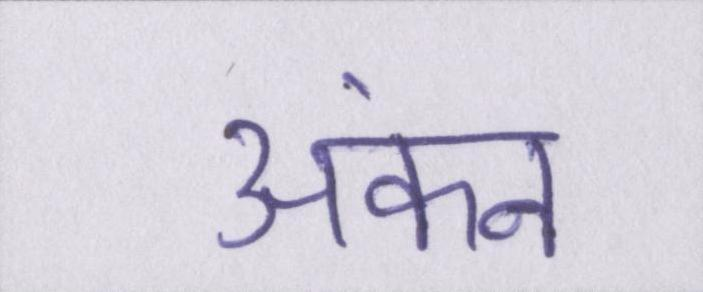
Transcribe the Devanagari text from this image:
अंकन